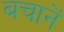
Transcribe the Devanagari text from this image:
बचानें